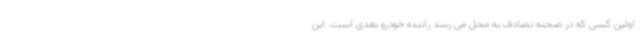
اولین کسی که در صحنه تصادف به محل می رسد راننده خودرو بعدی است. این